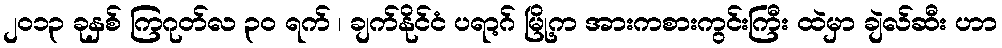
၂၀၁၃ ခုနှစ် ကြဂုတ်လ ၃၀ ရက် ၊ ချက်နိုင်ငံ ပရာ့ဂ် မြို့က အားကစားကွင်းကြီး ထဲမှာ ချဲလ်ဆီး ဟာ